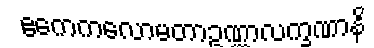
ဧကေကလောမတာဥဏ္ဏာလက္ခဏာနိ